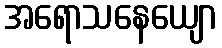
အရောသနေယျော